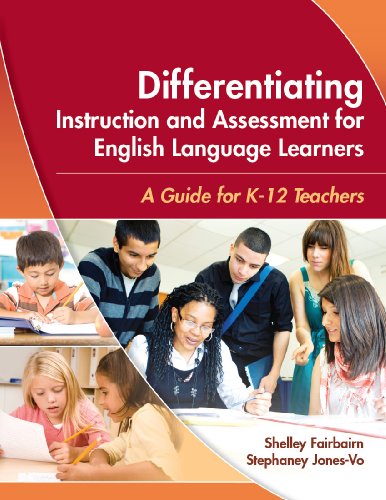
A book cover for Differentiating Instruction and Assessment for English Language Learners: A Guide for K - 12 Teachers; Shelley Fairbairn; Reference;